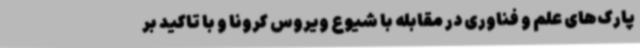
پارک‌های علم و فناوری در مقابله با شیوع ویروس کرونا و با تاکید بر